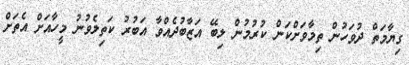
ގިޔާމަތް ދުވަހުން ތިމާވަށްކަން ކުރުމުން ލިބޭ އަޒާބުދެއްވާ އަބުރު ކަތިލެވުނު މީހާއަށް އެތަށް